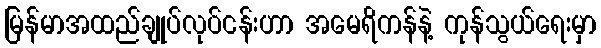
မြန်မာအထည်ချုပ်လုပ်ငန်းဟာ အမေရိကန်နဲ့ ကုန်သွယ်ရေးမှာ